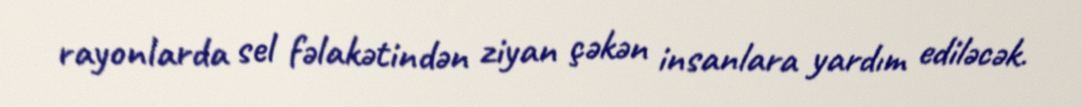
rayonlarda sel fəlakətindən ziyan çəkən insanlara yardım ediləcək.